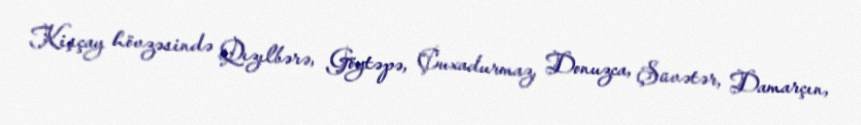
Kişçay hövzəsində Qızılbərə, Göytəpə, Çuxadurmaz, Donuzca, Şüvətər, Damarçın,